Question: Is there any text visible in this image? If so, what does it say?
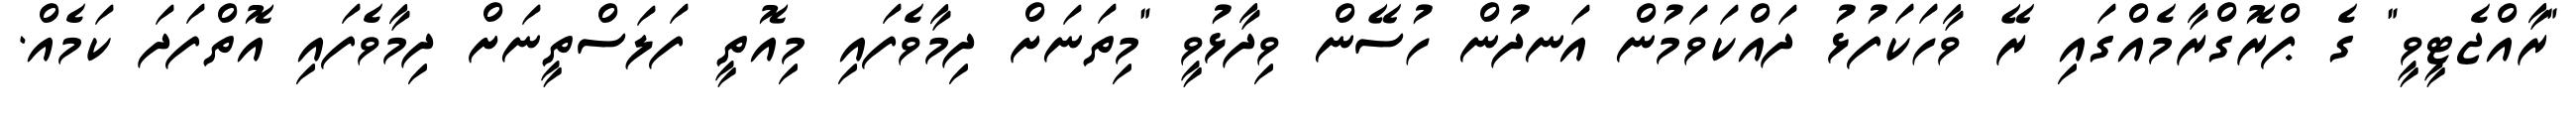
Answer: "ރާއްޖެޓީވީ" ގެ ޕްރޮގްރާމެއްގައި ރޭ ވާހަކަފުޅު ދައްކަވަމުން އަނދުން ހުސޭން ވިދާޅުވީ "މިތަނަށް ދިމާވެފައި މިއޮތީ ފަލަސްތީނަށް ދިމާވެފައި އޮތްފަދަ ކަމެއް.